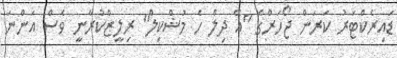
ޑައިރެކްޓަރު ކަރަން ޖޯހަރްގެ "އޭ ދިލް ހެ މުޝްކިލް" ރިލީޒްކުރާނީ ވެސް އަންނަ